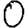
Digit: 0